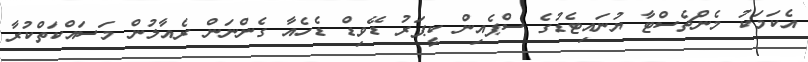
އެކަމަކު މެންޗެސްޓާ ޔުނައިޓެޑުގެ ސްޕެއިން ކީޕަރު ޑޭވިޑް ޑެހެއާ ގެންނަން ރެއާލުން މަސައްކަތްކުރާ